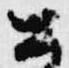
公